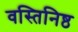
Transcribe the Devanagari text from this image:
वस्तिनिष्ठ